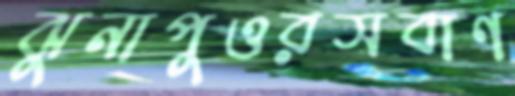
ঝুনাপুওরসবাণ